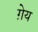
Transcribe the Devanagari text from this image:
ग़ेय